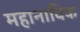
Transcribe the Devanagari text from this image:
महानाविक